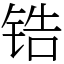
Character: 锆